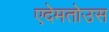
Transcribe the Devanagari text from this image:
एदेमतोउस